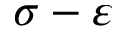
\sigma - \varepsilon